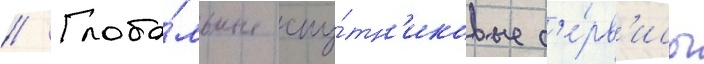
// Глоба́льные спу́тн'иковые с'е́рв'исы